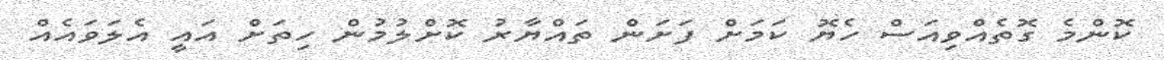
ކޮންމެ ގޮތެއްވިއަސް ހެޔޮ ކަމަށް ފަށަން ތައްޔާރު ކޮށްލުމުން ހިތަށް އައީ އެލަވައެއް